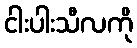
ငါးပါးသီလကို